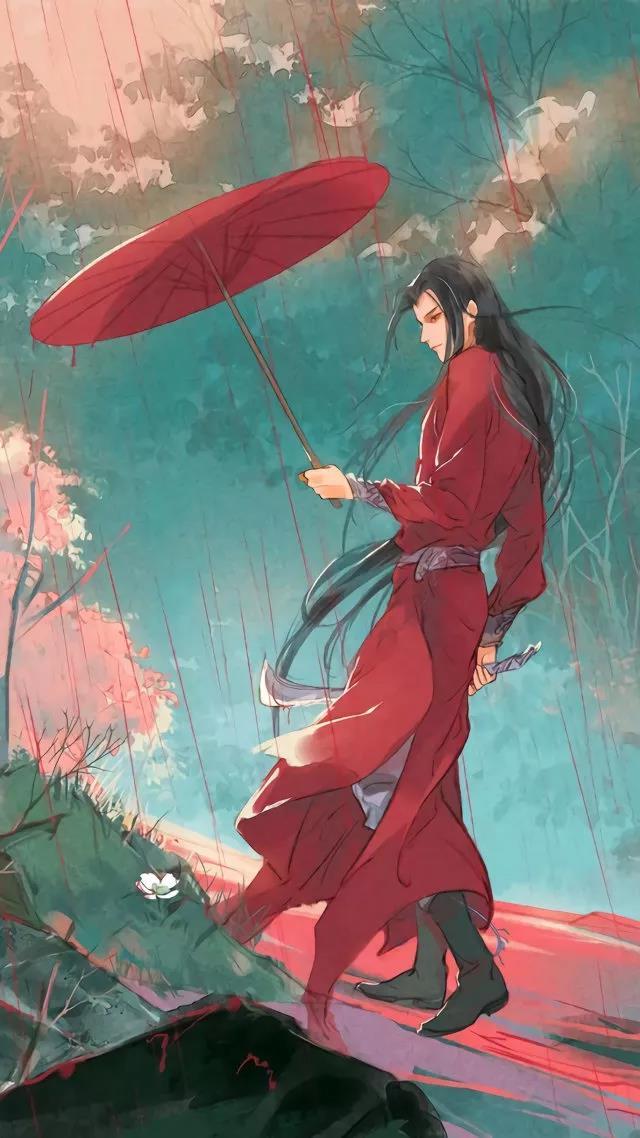
数回细写愁仍破，万颗匀圆讶许同。